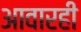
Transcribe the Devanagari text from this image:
आवारही